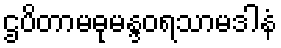
ဌပိတာမဓုမန္ဒဝရသာမဒါနံ